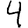
Digit: 4